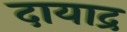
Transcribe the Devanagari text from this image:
दायाद्र